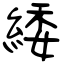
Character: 緌